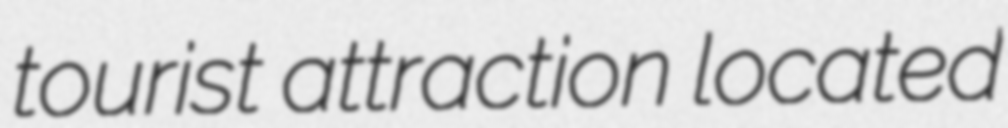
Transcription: tourist attraction located